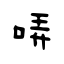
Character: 哢